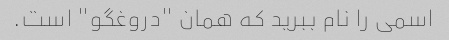
اسمی را نام ببرید که همان "دروغگو" است.